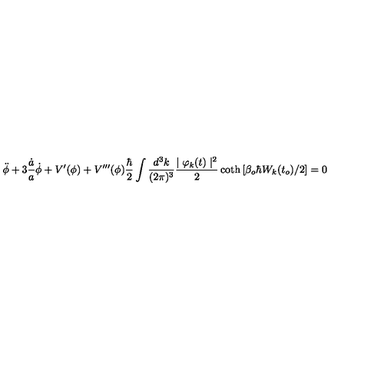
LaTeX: \ddot { \phi } + 3 \frac { \dot { a } } { a } \dot { \phi } + V ^ { \prime } ( \phi ) + V ^ { \prime \prime \prime } ( \phi ) \frac { \hbar } { 2 } \int \frac { d ^ { 3 } k } { ( 2 \pi ) ^ { 3 } } \frac { \mid \varphi _ { k } ( t ) \mid ^ { 2 } } { 2 } \coth \left[ \beta _ { o } \hbar W _ { k } ( t _ { o } ) / 2 \right] = 0